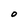
Character: O